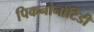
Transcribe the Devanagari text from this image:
पिकनोनॉटिडी